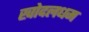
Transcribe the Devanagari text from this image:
खोदलधम